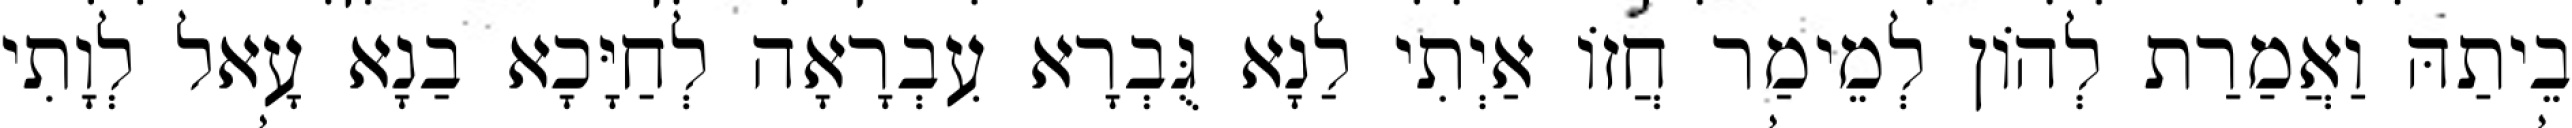
בֵיתַהּ וַאֲמַרַת לְהוֹן לְמֵימַר חֲזוֹ אַיְתִי לַנָא גֻּבְרָא עִבְרָאָה לְחַיָּכָא בַנָא עָאל לְוָתִי